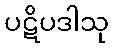
ပဋိပဒါသု